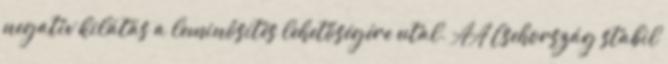
negatív kilátás a leminősítés lehetőségére utal. AA Csehország stabil